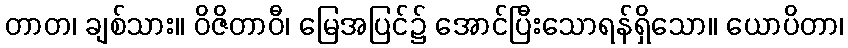
တာတ၊ ချစ်သား။ ဝိဇိတာဝီ၊ မြေအပြင်၌ အောင်ပြီးသောရန်ရှိသော။ ယောပိတာ၊